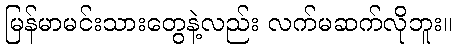
မြန်မာမင်းသားတွေနဲ့လည်း လက်မဆက်လိုဘူး။